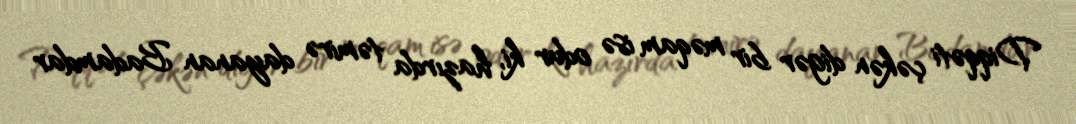
Diqqəti çəkən digər bir məqam isə odur ki, hazırda təmirə dayanan Badamdar